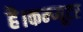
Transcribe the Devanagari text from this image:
है।कम्‍प्‍यूटर